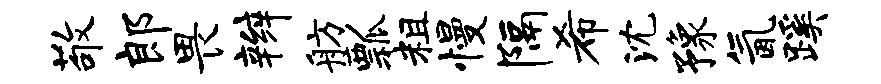
敬郎畏辫舫瓢粗慢隔希沈豫氤蹊